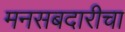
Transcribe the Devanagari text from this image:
मनसबदारीचा